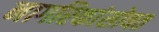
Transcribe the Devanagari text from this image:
नागरिकांसोबत